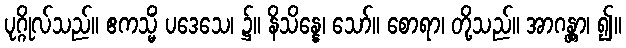
ပုဂ္ဂိုလ်သည်။ ဧကသ္မိံ ပဒေသေ၊ ၌။ နိသိန္နေ၊ သော်။ စောရာ၊ တို့သည်။ အာဂန္တွာ၊ ၍။